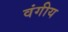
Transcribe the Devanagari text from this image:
वंगीय